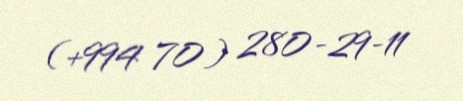
(+994 70) 280-29-11